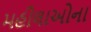
મહીલાઓના